Annual administration report of the Civil Veterinary Department of India - 1898-1899
Year: 1898
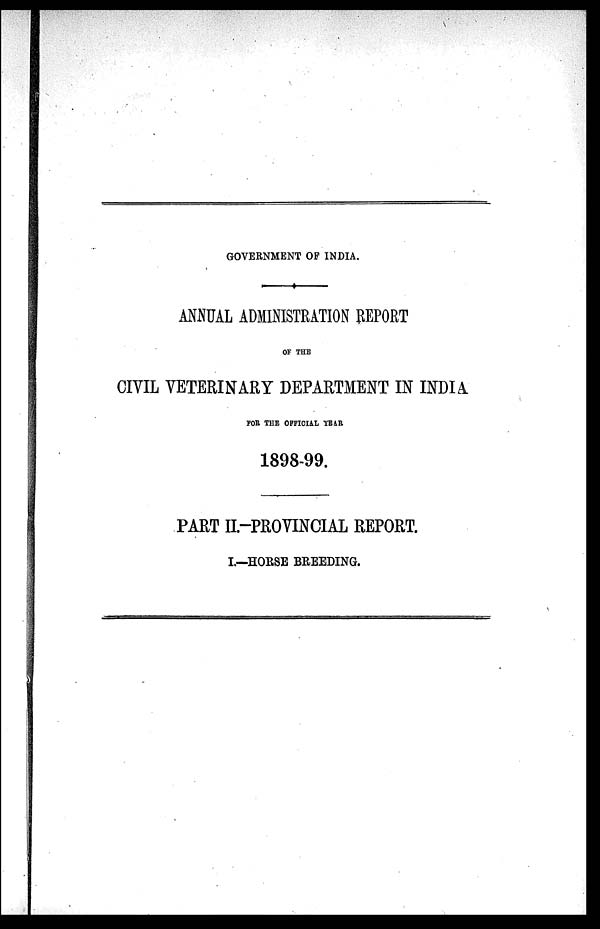
GOVERNMENT OF INDIA,
ANNUAL ADMINISTRATION REPORT
OF THE
CIVIL VETERINARY DEPARTMENT IN INDIA
FOR THE OFFICIAL YEAR
1898-99.
PART II.-PROVINCIAL REPORT.
I.—HORSE BREEDING.